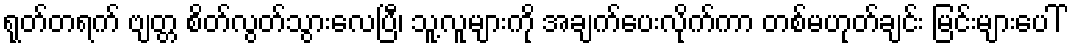
ရုတ်တရက် ဗျတ္တ စိတ်လွတ်သွားလေပြီ၊ သူ့လူများကို အချက်ပေးလိုက်ကာ တစ်မဟုတ်ချင်း မြင်းများပေါ်